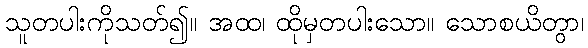
သူတပါးကိုသတ်၍။ အထ၊ ထိုမှတပါးသော။ သောစယိတွာ၊